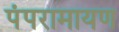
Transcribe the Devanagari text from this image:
पंपरामायण